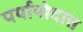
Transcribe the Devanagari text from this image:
पर्यायोदात्त